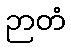
ဉာတံ